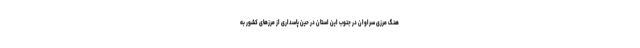
هنگ مرزی سراوان در جنوب این استان در حین پاسداری از مرزهای کشور به